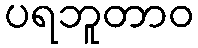
ပရဘူတာဝ